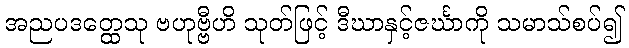
အညပဒတ္ထေသု ဗဟုဗ္ဗီဟိ သုတ်ဖြင့် ဒီဃာနှင့်ဇင်္ဃာကို သမာသ်စပ်၍